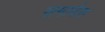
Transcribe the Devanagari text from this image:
समावेस